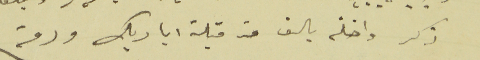
ذكر واصلة بالف من قبلة اياديك ودمتم